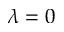
\lambda = 0